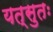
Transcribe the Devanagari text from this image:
यत्सुतः